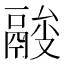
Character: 𩰼